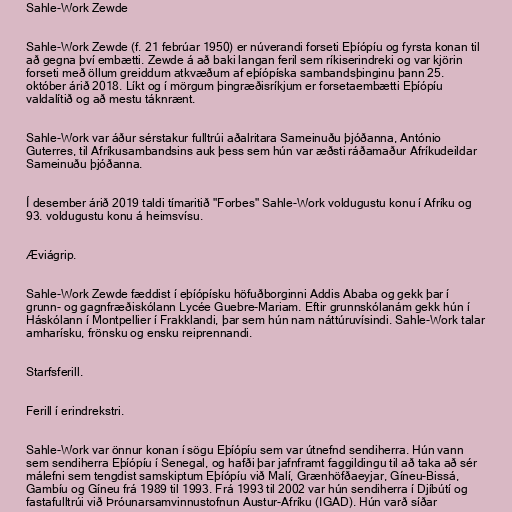
Sahle-Work Zewde

Sahle-Work Zewde (f. 21 febrúar 1950) er núverandi forseti Eþíópíu og fyrsta konan til
að gegna því embætti. Zewde á að baki langan feril sem ríkiserindreki og var kjörin
forseti með öllum greiddum atkvæðum af eþíópíska sambandsþinginu þann 25.
október árið 2018. Líkt og í mörgum þingræðisríkjum er forsetaembætti Eþíópíu
valdalítið og að mestu táknrænt.

Sahle-Work var áður sérstakur fulltrúi aðalritara Sameinuðu þjóðanna, António
Guterres, til Afríkusambandsins auk þess sem hún var æðsti ráðamaður Afríkudeildar
Sameinuðu þjóðanna.

Í desember árið 2019 taldi tímaritið "Forbes" Sahle-Work voldugustu konu í Afríku og
93. voldugustu konu á heimsvísu.

Æviágrip.

Sahle-Work Zewde fæddist í eþíópísku höfuðborginni Addis Ababa og gekk þar í
grunn- og gagnfræðiskólann Lycée Guebre-Mariam. Eftir grunnskólanám gekk hún í
Háskólann í Montpellier í Frakklandi, þar sem hún nam náttúruvísindi. Sahle-Work talar
amharísku, frönsku og ensku reiprennandi.

Starfsferill.

Ferill í erindrekstri.

Sahle-Work var önnur konan í sögu Eþíópíu sem var útnefnd sendiherra. Hún vann
sem sendiherra Eþíópíu í Senegal, og hafði þar jafnframt faggildingu til að taka að sér
málefni sem tengdist samskiptum Eþíópíu við Malí, Grænhöfðaeyjar, Gíneu-Bissá,
Gambíu og Gíneu frá 1989 til 1993. Frá 1993 til 2002 var hún sendiherra í Djíbútí og
fastafulltrúi við Þróunarsamvinnustofnun Austur-Afríku (IGAD). Hún varð síðar